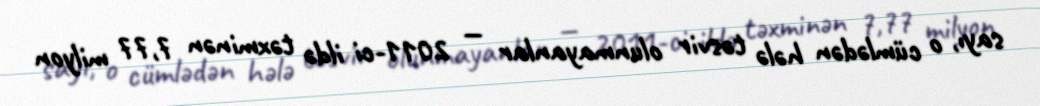
sayı, o cümlədən hələ təsvir olunmayanlar — 2011-ci ildə təxminən 7,77 milyon